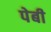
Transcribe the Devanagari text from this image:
पेबी